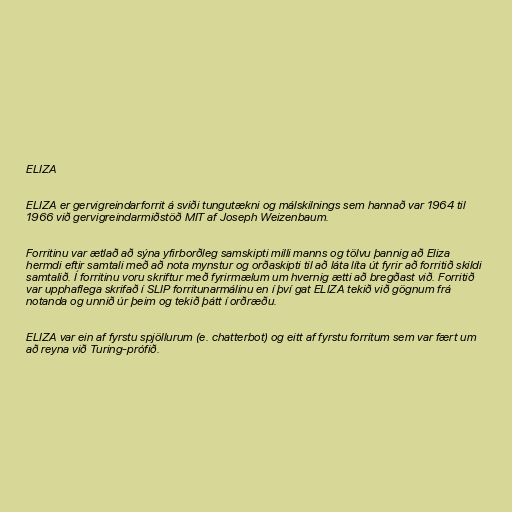
ELIZA

ELIZA er gervigreindarforrit á sviði tungutækni og málskilnings sem hannað var 1964 til
1966 við gervigreindarmiðstöð MIT af Joseph Weizenbaum.

Forritinu var ætlað að sýna yfirborðleg samskipti milli manns og tölvu þannig að Eliza
hermdi eftir samtali með að nota mynstur og orðaskipti til að láta líta út fyrir að forritið skildi
samtalið. Í forritinu voru skriftur með fyrirmælum um hvernig ætti að bregðast við. Forritið
var upphaflega skrifað í SLIP forritunarmálinu en í því gat ELIZA tekið við gögnum frá
notanda og unnið úr þeim og tekið þátt í orðræðu.

ELIZA var ein af fyrstu spjöllurum (e. chatterbot) og eitt af fyrstu forritum sem var fært um
að reyna við Turing-prófið.